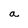
Character: a